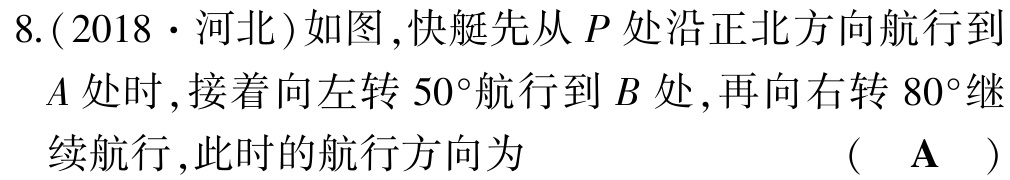
8.(2018·河北)如图,快艇先从\(P\)处沿正北方向航行到\(A\)处时,接着向左转\(50^{\circ}\)航行到\(B\)处,再向右转\(80^{\circ}\)继续航行,此时的航行方向为 （ \(\mathbf{A}\) ）